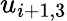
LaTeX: u_{i+1,3}